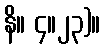
နိ။ ၄။၂၃)။